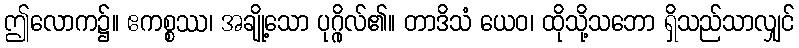
ဤလောက၌။ ဧကစ္စဿ၊ အချို့သော ပုဂ္ဂိုလ်၏။ တာဒိသံ ယေဝ၊ ထိုသို့သဘော ရှိသည်သာလျှင်